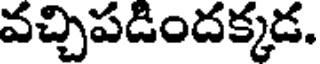
వచ్చిపడిందక్కడ.